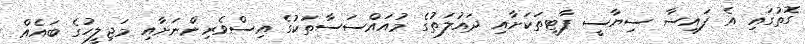
ގޮތުގައި އެ ފައިސާ ސިޔާސީ ޕާޓީތަކަށާއި ދައުލަތުގެ މުއައްސަސާތަކުގެ އިސްވެރިންނަށާއި މަޖިލީހުގެ ބައެއް